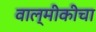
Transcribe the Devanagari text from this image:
वाल्मीकीचा